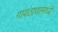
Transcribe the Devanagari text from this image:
गावठाणामध्ये